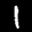
Label: 1